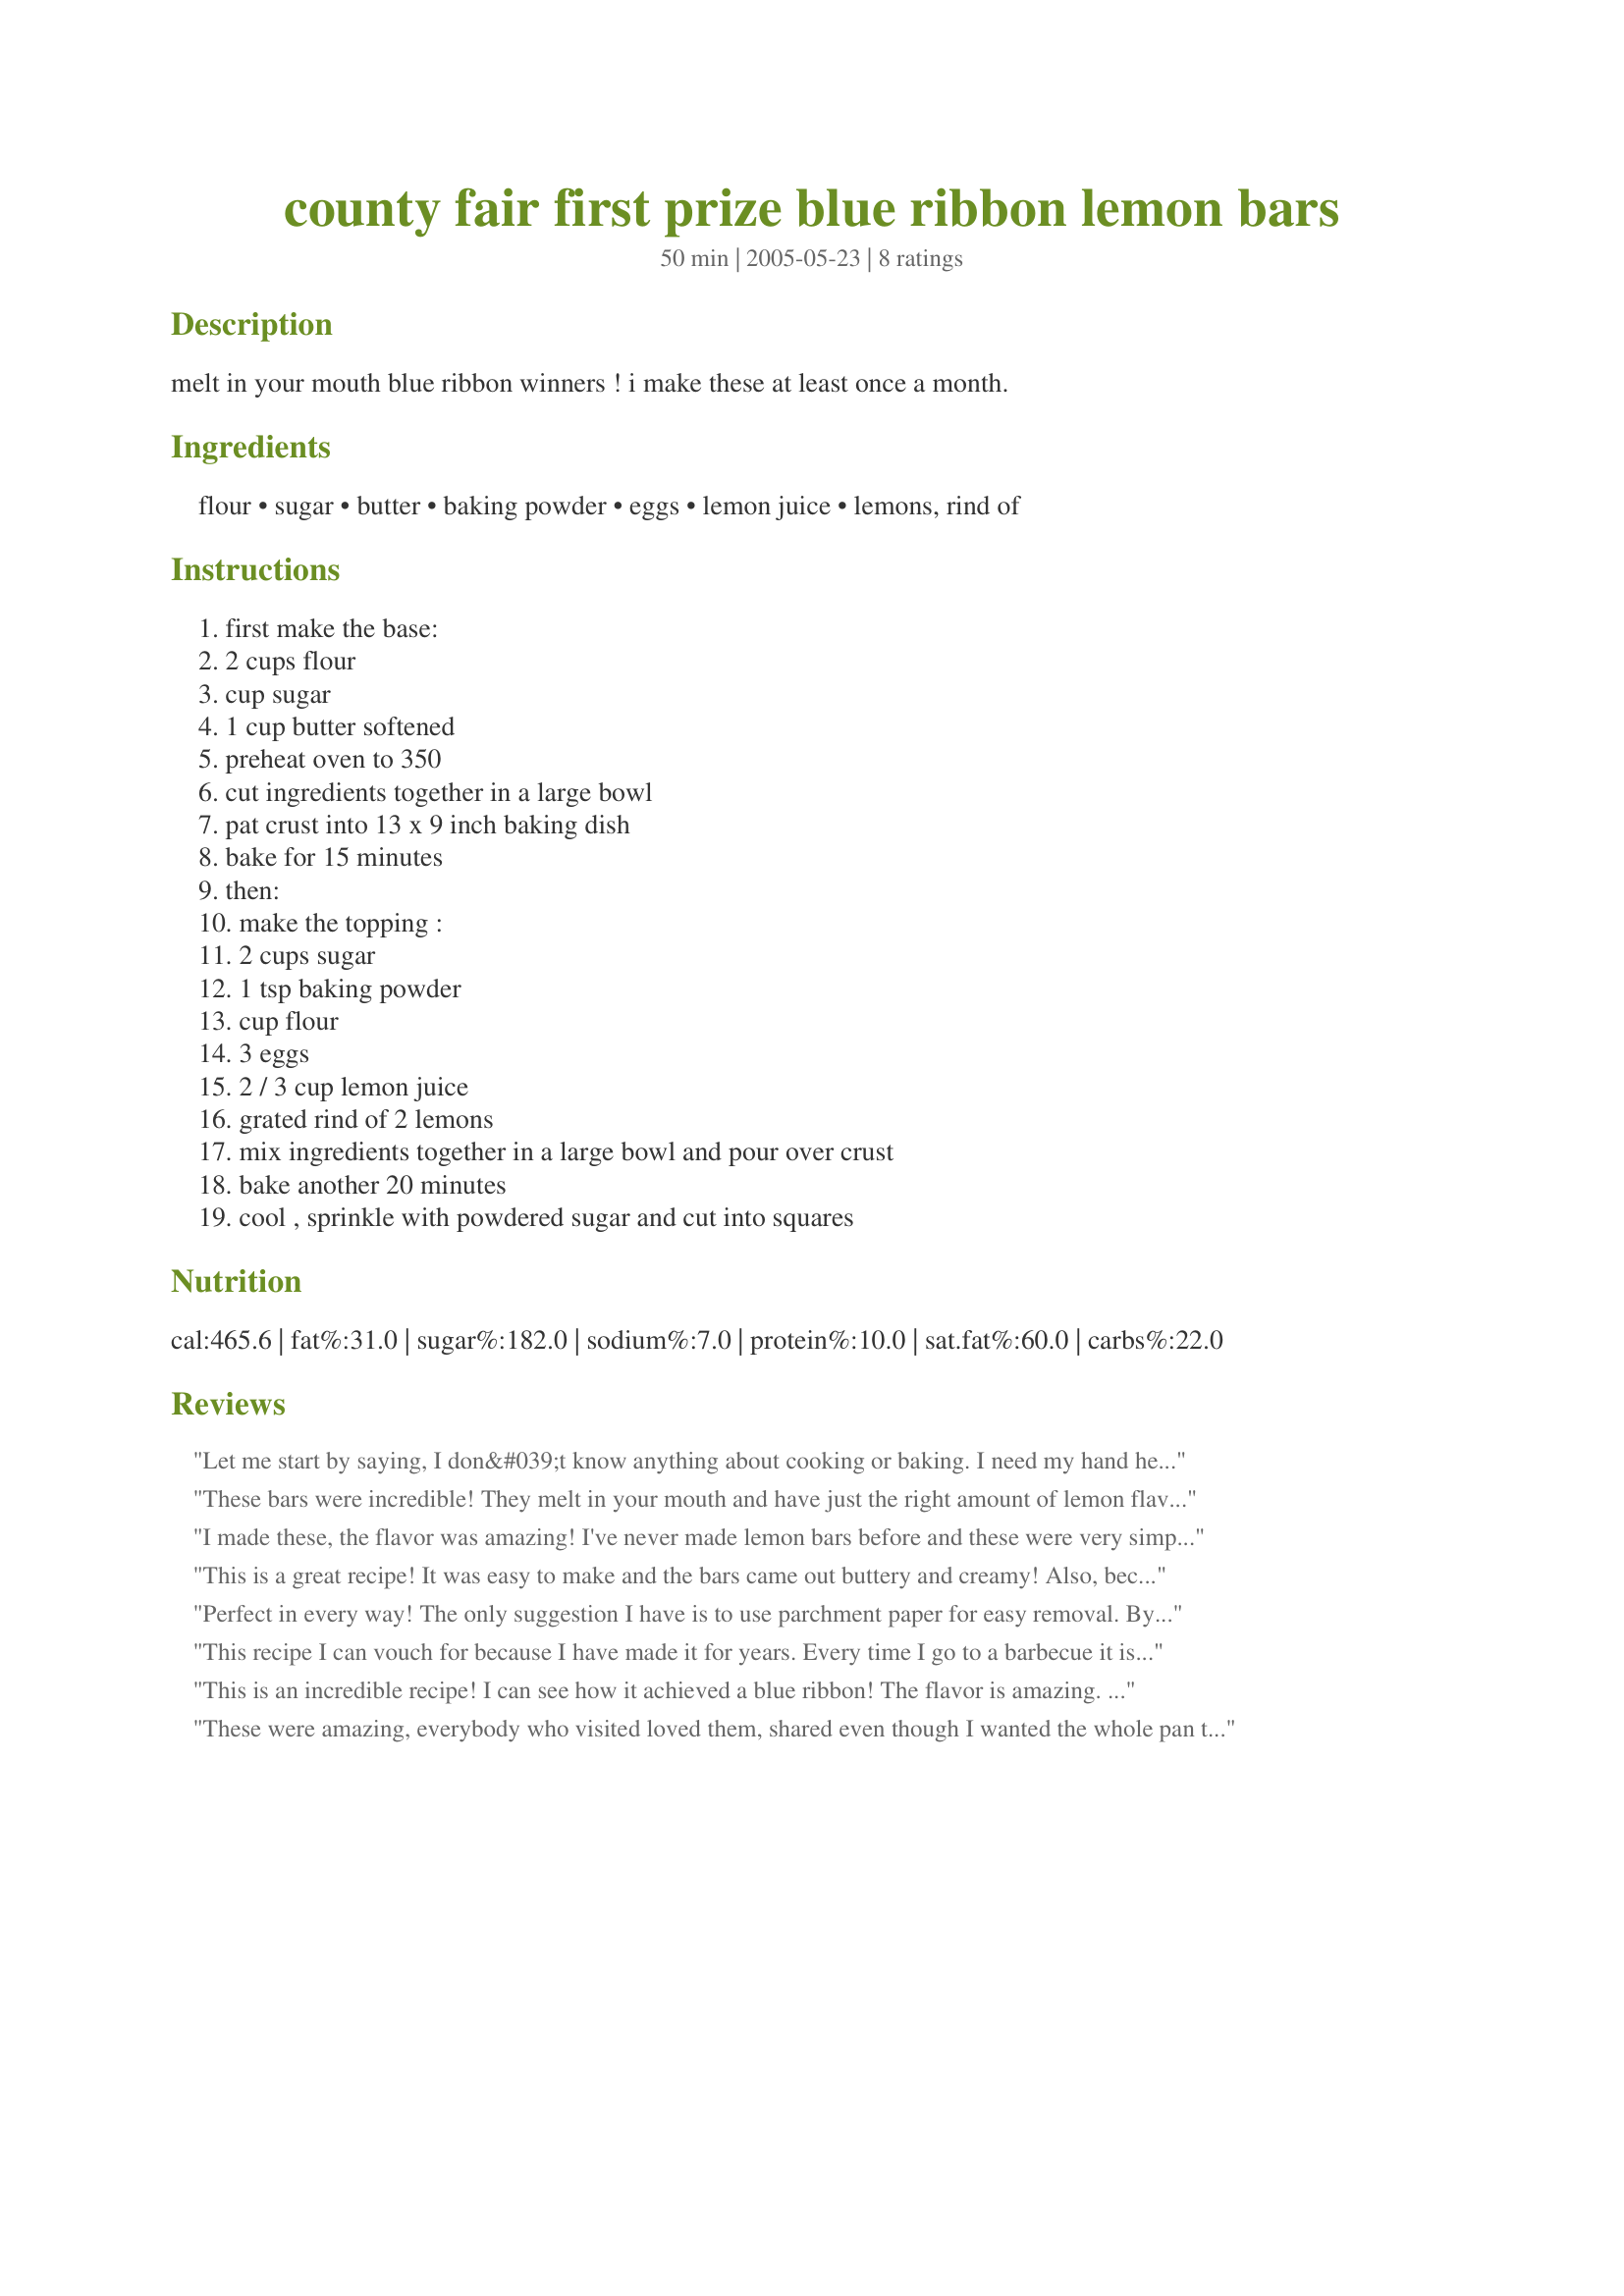
county fair first prize blue ribbon lemon bars
Preparation time: 50 minutes

melt in your mouth blue ribbon winners ! i make these at least once a month.

Ingredients:
flour, sugar, butter, baking powder, eggs, lemon juice, lemons, rind of

Steps:
first make the base:, 2 cups flour, cup sugar, 1 cup butter softened, preheat oven to 350, cut ingredients together in a large bowl, pat crust into 13 x 9 inch baking dish, bake for 15 minutes, then:, make the topping :, 2 cups sugar, 1 tsp baking powder, cup flour, 3 eggs, 2 / 3 cup lemon juice, grated rind of 2 lemons, mix ingredients together in a large bowl and pour over crust, bake another 20 minutes, cool , sprinkle with powdered sugar and cut into squares

Reviews:
Let me start by saying, I don&#039;t know anything about cooking or baking. I need my hand held.&lt;br/&gt;&lt;br/&gt;I used unsalted butter and &quot;cut&quot; the crust ingredients with a fork. I wasn&#039;t sure how fine this mix was supposed to be but mixed until it was smaller than pea size for the most part. It seemed a bit dry but I dumped it in the pan and pressed it firm, making it quite dense. &lt;br/&gt;&lt;br/&gt;Baked at 350 for 15 mins. it seemed to have puffed up a little bit. Crust is thick. Mix up top ingredients, again, with a fork (...thrilled to find there is a micro-planer in the house!I learned about zesting today, too. What a day!) Poured on, left lots of bubbles on top. Looks cute. Seems like it barely covers the crust. &lt;br/&gt;&lt;br/&gt;Back in oven for 20 mins. Seems quite &#039;unset&#039;, contemplate leaving in another 5 min but after checking aother recipe, it claimed it would set, so I pulled them out. &lt;br/&gt;&lt;br/&gt;Maybe I should have put them in the refrigerator to chill as opposed to cool, which I did on the counter. &lt;br/&gt;&lt;br/&gt;At the end I found I had no powdered sugar so I made some in the vitamixer then used a wire strainer to sprinkle it over the top. Another kitchen lesson. Thank you, internet.&lt;br/&gt;&lt;br/&gt;After cooling at room temp for several hours the lemon didn&#039;t set firm. Again I will mention, I need my hand held. Maybe chilling would make the difference. It turned out more lemon crumble than lemon bars but nonetheless everyone thought it was delicious. &lt;br/&gt;&lt;br/&gt;C+ for execution&lt;br/&gt;A for effort and taste
These bars were incredible! They melt in your mouth and have just the right amount of lemon flavor. Fabulous dessert!
I made these, the flavor was amazing! I've never made lemon bars before and these were very simple. I messed it up by baking it a little too long which made everything bond to the dish, but I will definetly make them again.
This is a great recipe! It was easy to make and the bars came out buttery and creamy! Also, because they are so rich, I cut them in 1 inch squares. It was enough to satisfy!
Perfect in every way! The only suggestion I have is to use parchment paper for easy removal. By far the best lemon bars I've ever made. Husband even loves them and he's not a lemon bar fan :-)
Recipe is a keeper, I've been using it now for 2 years, it actually replaced a family recipe that is similar...however the base on this one is far superior.
This recipe I can vouch for because I have made it for years. Every time I go to a barbecue it is requested. Sometimes I cover them with a cream cheese icing flavored with lemon rind. Yummy.
This is an incredible recipe! I can see how it achieved a blue ribbon! The flavor is amazing. My husband found it a bit sweet, but I found it perfect. He needs all the sweet he can get! Enjoy these! They are a PERFECT dessert for a summer picnic! Thank you for sharing this amazing recipe! XO LA :-)
These were amazing, everybody who visited loved them, shared even though I wanted the whole pan to myself!
